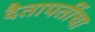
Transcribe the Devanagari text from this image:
दैतापतींचा